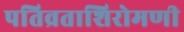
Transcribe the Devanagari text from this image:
पतिव्रताशिरोमणी